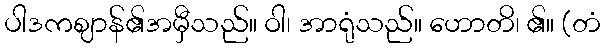
ပါဒကဈာန်၏အမှီသည်။ ဝါ၊ အာရုံသည်။ ဟောတိ၊ ၏။ (တံ